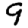
Digit: 9